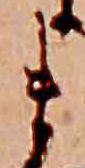
ま